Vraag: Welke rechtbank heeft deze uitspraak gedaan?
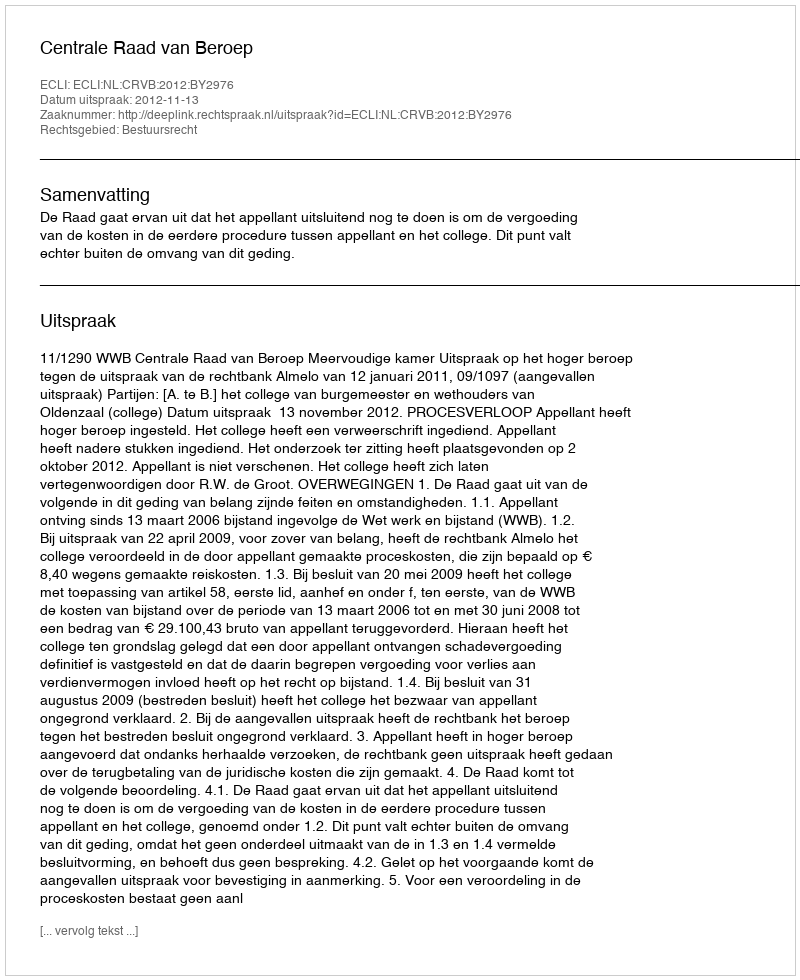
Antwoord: Centrale Raad van Beroep